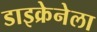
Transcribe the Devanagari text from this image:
डाइक्रेनेला